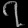
Digit: ၇